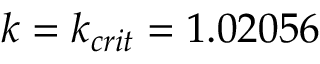
k = k _ { c r i t } = 1 . 0 2 0 5 6